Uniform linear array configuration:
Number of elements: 24
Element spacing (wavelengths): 1
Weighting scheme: blackman
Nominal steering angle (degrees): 15
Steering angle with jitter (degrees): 13.347
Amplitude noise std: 0.05
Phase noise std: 0.05

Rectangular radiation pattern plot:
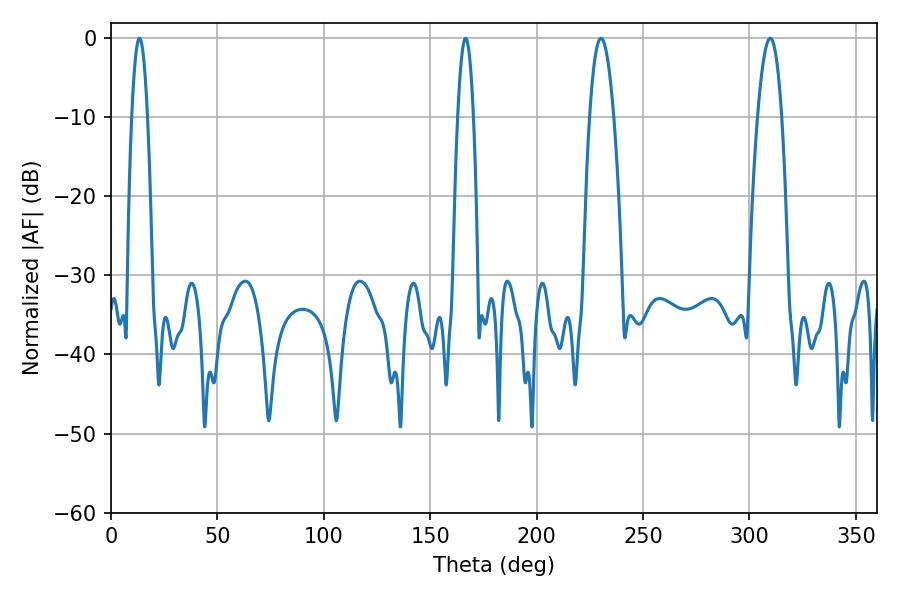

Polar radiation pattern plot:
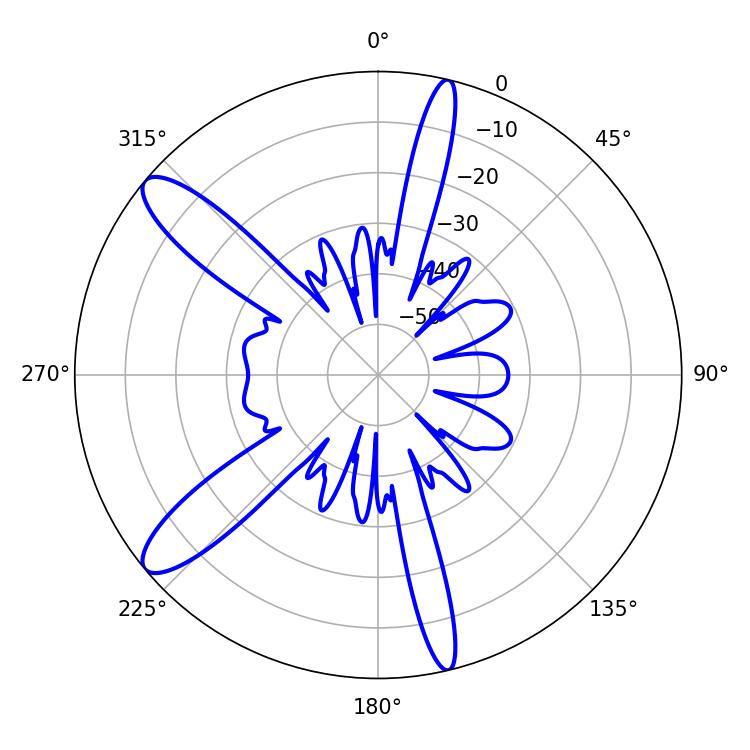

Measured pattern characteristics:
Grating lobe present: TRUE
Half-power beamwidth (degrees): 6.3
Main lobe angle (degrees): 230.22